Karu_vallavalitsus_Parnumaal, lk 16
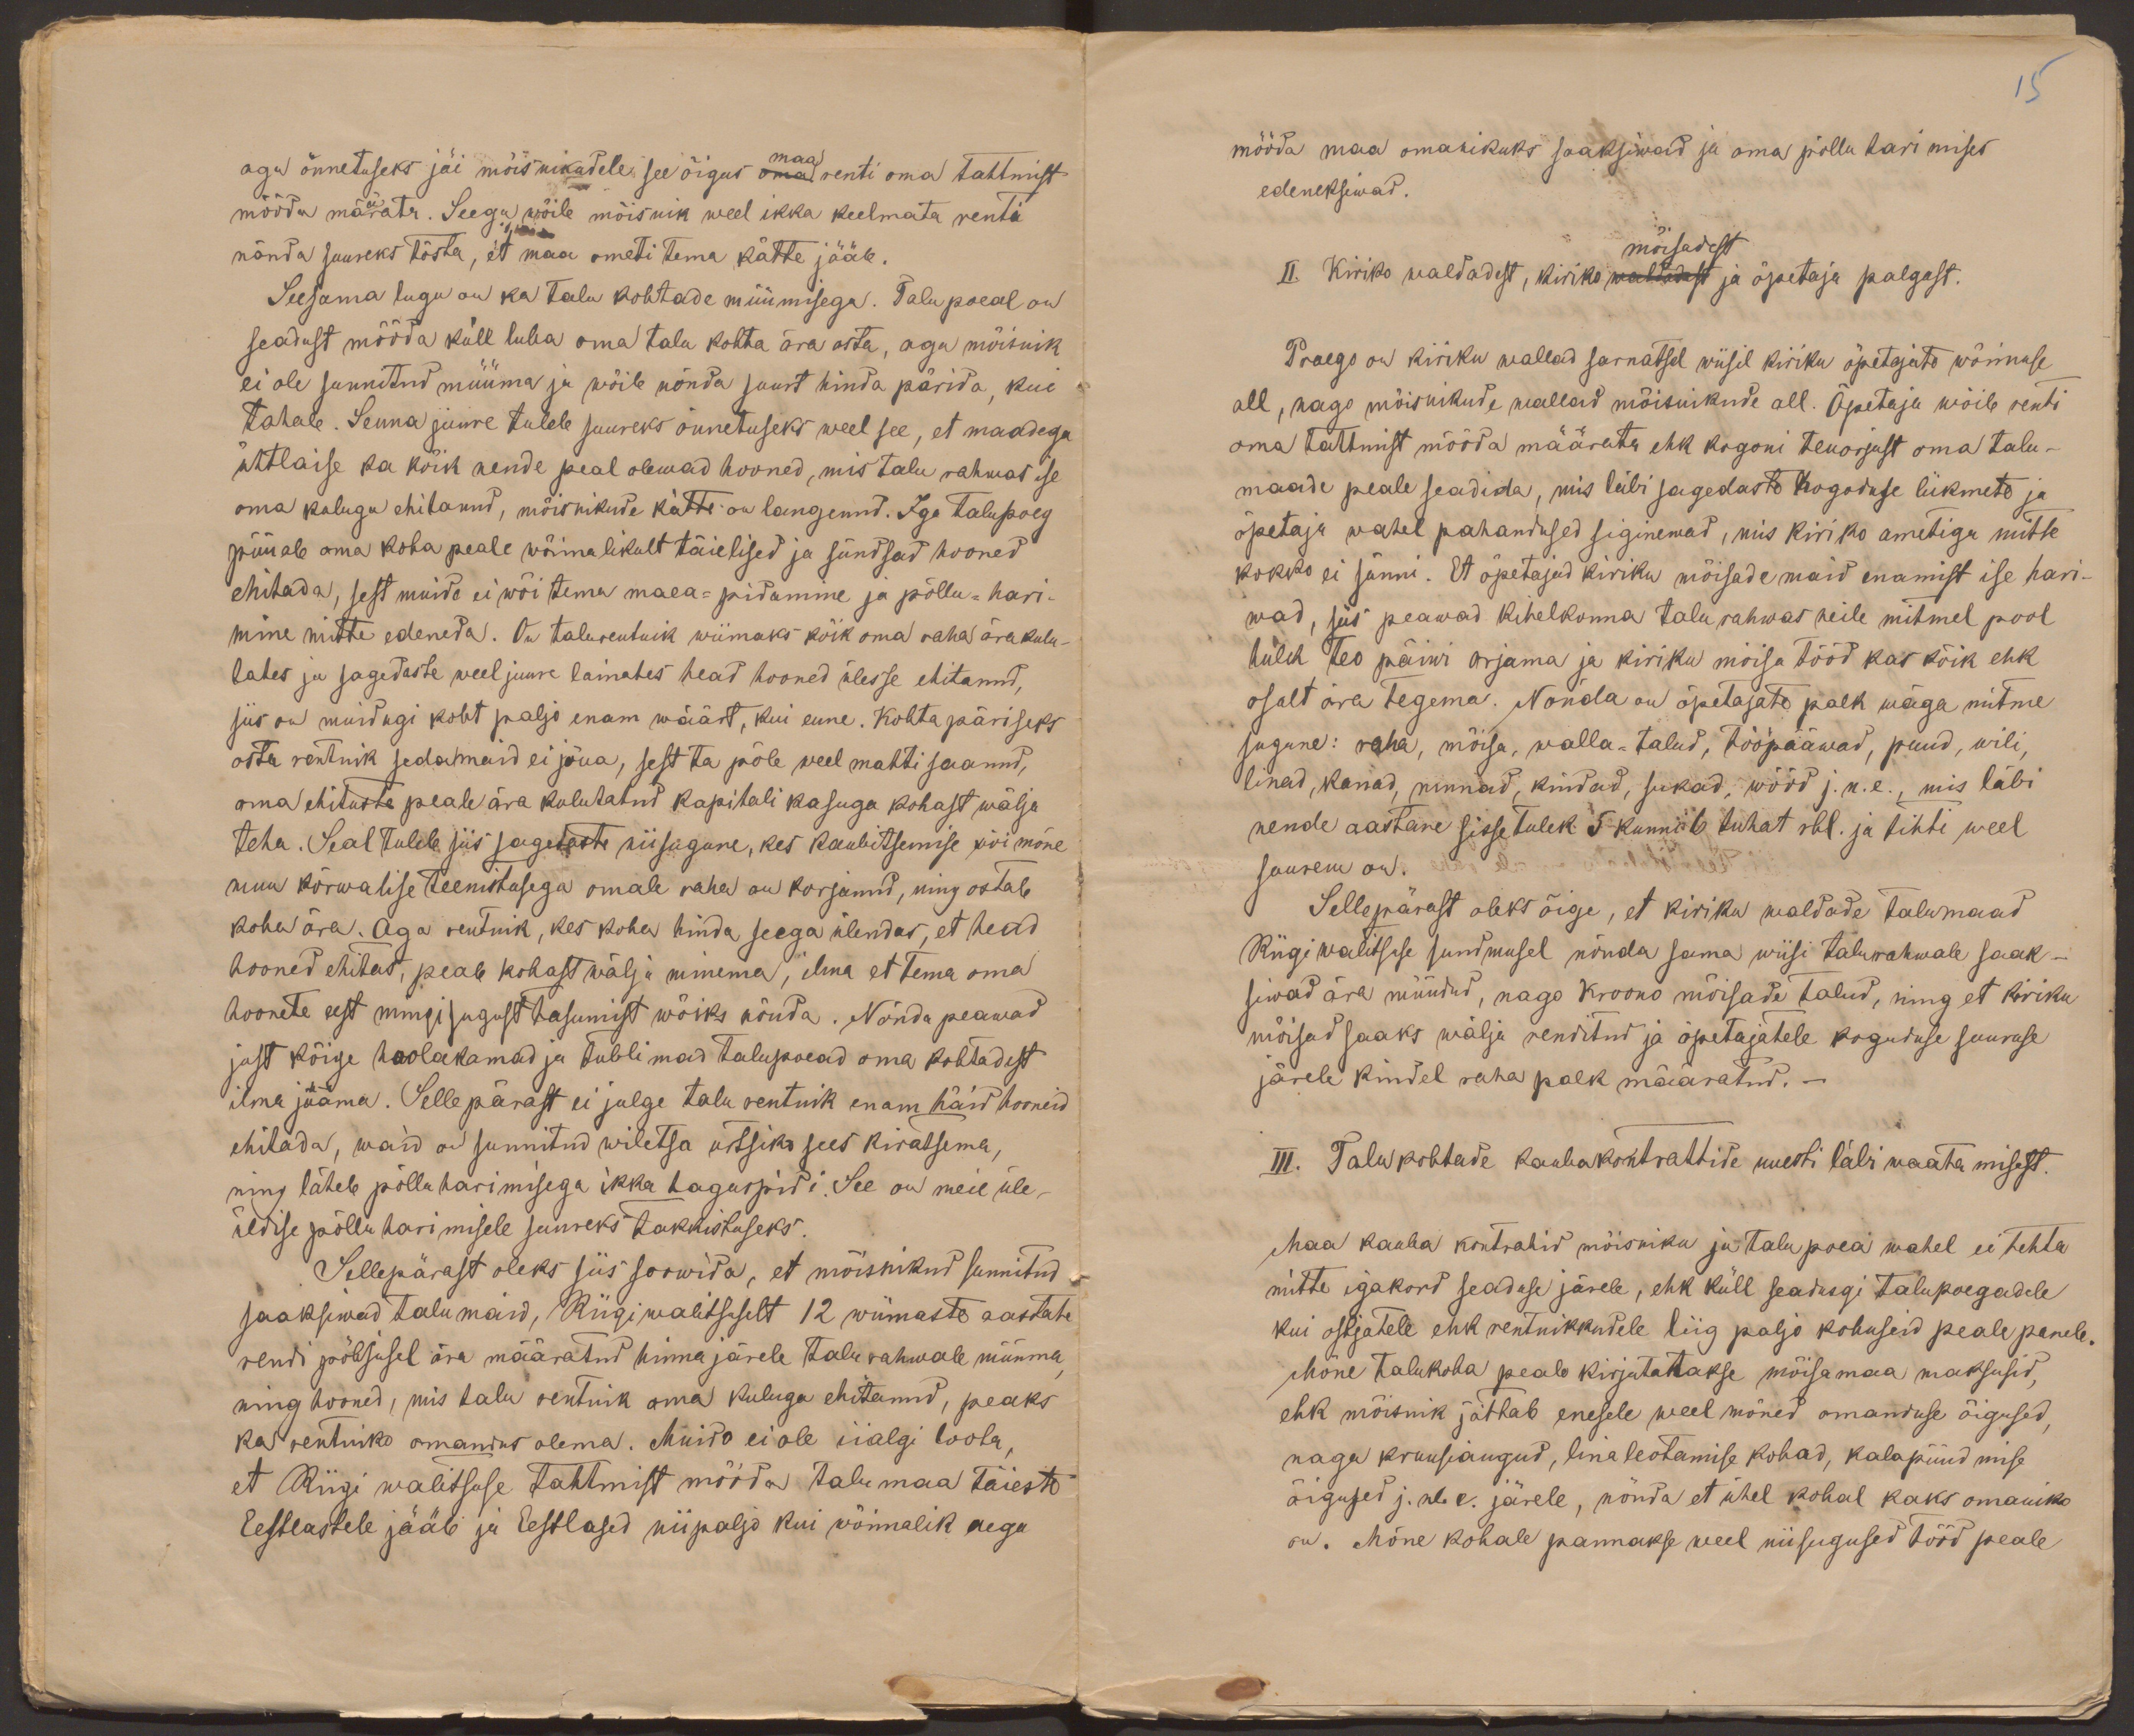
15

maa
aga õnnetuseks jäi mõisnikudele see õigus oma renti oma tahtmist
mööda määrata. Seega wõib mõisnik weel ikka keelmata renti
nõnda suureks tõsta, et maa ometi tema kätte jääb.
Seesama lugu on ka talu kohtade müümisega. Talupoeal on
seadust mööda küll luba oma talu kohta ära osta, aga mõisnik
ei ole sunnitud müüma ja wõib nõnda suurt hinda pärida, kui
tahab. Senna juure tuleb suureks õnnetuseks weel see, et maadega
ühtlaise ka kõik nende peal olewad hooned, mis talu rahwas ise
oma kuluga ehitanud, mõisnikude kätte on langenud. Iga talupoeg
püüab oma koha peale wõimalikult täielised ja sündsad hooned
ehitada, sest muido ei wõi tema maea-pidamine ja põllu-hari-
mine mitte edeneda. On talurentnik wiimaks kõik oma raha ära kulu-
tates ja sagedaste weel juure lainates head hooned ülesse ehitanud,
siis on muidagi koht paljo enam wäärt, kui enne. Kohta päriseks
osta rentnik sedamaid ei jõua, sest ta põle weel mahti saanud,
oma ehituste peale ära kulutatud kapitali kasuga kohast wälja
teha. Seal tuleb siis sagetaste niisugune, kes kaubitsemise wõi mõne
muu kõrwalise teenistusega omale raha on korjanud, ning ostab
koha ära. Aga rentnik, kes koha hinda seega ülendes, et head
hooned ehitas, peab kohast wälja minema, ilma et tema oma
hoonete eest mingisugust tasumist wõiks nõuda. Nõnda peawad
just kõige hoolakamad ja tublimad taluspoead oma kohtadest
ilma jääma. Sellepärast ei julge talu rentnik enam häid hooneid
ehitada, waid on sunnitud wiletsa urtsiko sees kiratsema,
ning läheb põllu harimisega ikka tagurpidi. See on meie üle-
üldise põllu harimisele suureks takkistuseks.
Sellepärast oleks siis soowida, et mõisnikud sunnitud
saaksiwad talumaid, Riigiwalitsuselt 12 wiimaste aastate
rendi põhjusel ära määratud hinna järele talu rahwale müüma
ning hooned, mis talu rentnik oma kuluga ehitanud, peaks
ka rentniko omandus olema. Muido ei ole iialgi loole,
et Riigi walitsuse tahtmist mööda talumaa täiesti
Eestlastele jääb ja Eestlased niipaljo kui wõimalik aega

mööda maa omanikuks saaksiwad ja oma põllu harimises
edeneksiwad.
mõisadest
II. Kiriko waldadest, kiriko waldadest ja õpetaja palgast.
Praego on kiriku wallad sarnatsel wiisil kiriku õpetajate wõimuse
all, nago mõisnikude wallad mõisnikude all. Õpetaja wõib renti
oma tahtmist mööda määrata ehk kogoni teuorjust oma talu-
maade peale seadida, mis läbi sagedaste kogoduse liikmete ja
õpetaja wahel pahandused siginewad, mis kiriko ametiga mitte
kokko ei sünni. Et õpetajad kiriku mõisade maid enamist ise hari-
wad, siis peawad kihelkonna talu rahwas neile mitmel pool
hulk teo päiwi orjama ja kiriku mõisa tööd kas kõik ehk
osalt ära tegema. Nõnda on õpetajate palk wäga mitme
sugune: raha, mõisa, walla-talud, tööpääwad, puud, wili,
linad, kanad, munad, kindad, sukad, wööd j.n.e., mis läbi
nende aastane sissetulek 5 kunni 6 tuhat rbl. ja tihti weel
suusem on.
Sellepärast oleks õige, et kiriku waldade talumaad
Riigi walitsuse sundmusel nõnda sama wiisi talurahwale saak-
siwad ära müüdud, nago kroono mõisade talud, ning et kiriku
mõisad saaks wälja renditud ja õpetajatele koguduse suuruse
järele kindel raha palk määratud. -
III. Talukohtade kaubakontrattide uuesti läbi waatamisest.
Maa kauba kontrahid mõisniku ja talu poea wahel ei tehta
mitte igakord seaduse järele, ehk küll seadusgi talupoegadele
kui ostjatele ehk rentnikkudele liig paljo kohuseid peale paneb.
Mõne talukoha peale kirjutatakse mõisamaa maksusid,
ehk mõisnik jättab enesele weel mõned omanduse õigused,
nagu kruusiaugud, lina leotamise kohad, kalapüüdmise
õigused j.n.e. järele, nõnda et ühel kohal kaks omaniko
on. Mõne kohale pannakse weel niisugused tööd peale